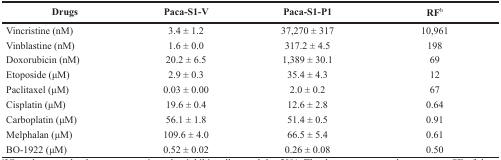
| Drugs | Paca-S1-V | Paca-S1-P1 | RFb |
 | --- | --- | --- | --- |
 | Vincristine (nM) | 3.4 ± 1.2 | 37,270 ± 317 | 10,961 |
 | Vinblastine (nM) | 1.6 ± 0.0 | 317.2 ± 4.5 | 198 |
 | Doxorubicin (nM) | 20.2 ± 6.5 | 1,389 ± 30.1 | 69 |
 | Etoposide (μM) | 2.9 ± 0.3 | 35.4 ± 4.3 | 12 |
 | Paclitaxel (μM) | 0.03 ± 0.00 | 2.0 ± 0.2 | 67 |
 | Cisplatin (μM) | 19.6 ± 0.4 | 12.6 ± 2.8 | 0.64 |
 | Carboplatin (μM) | 56.1 ± 1.8 | 51.4 ± 0.5 | 0.91 |
 | Melphalan (μM) | 109.6 ± 4.0 | 66.5 ± 5.4 | 0.61 |
 | BO-1922 (μM) | 0.52 ± 0.02 | 0.26 ± 0.08 | 0.50 |